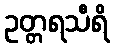
ဥတ္တရသီရိ